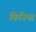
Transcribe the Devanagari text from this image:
किरिया